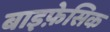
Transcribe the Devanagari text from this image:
बाइफ़ेसिक